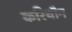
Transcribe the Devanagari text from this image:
करियौन